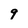
Character: 9